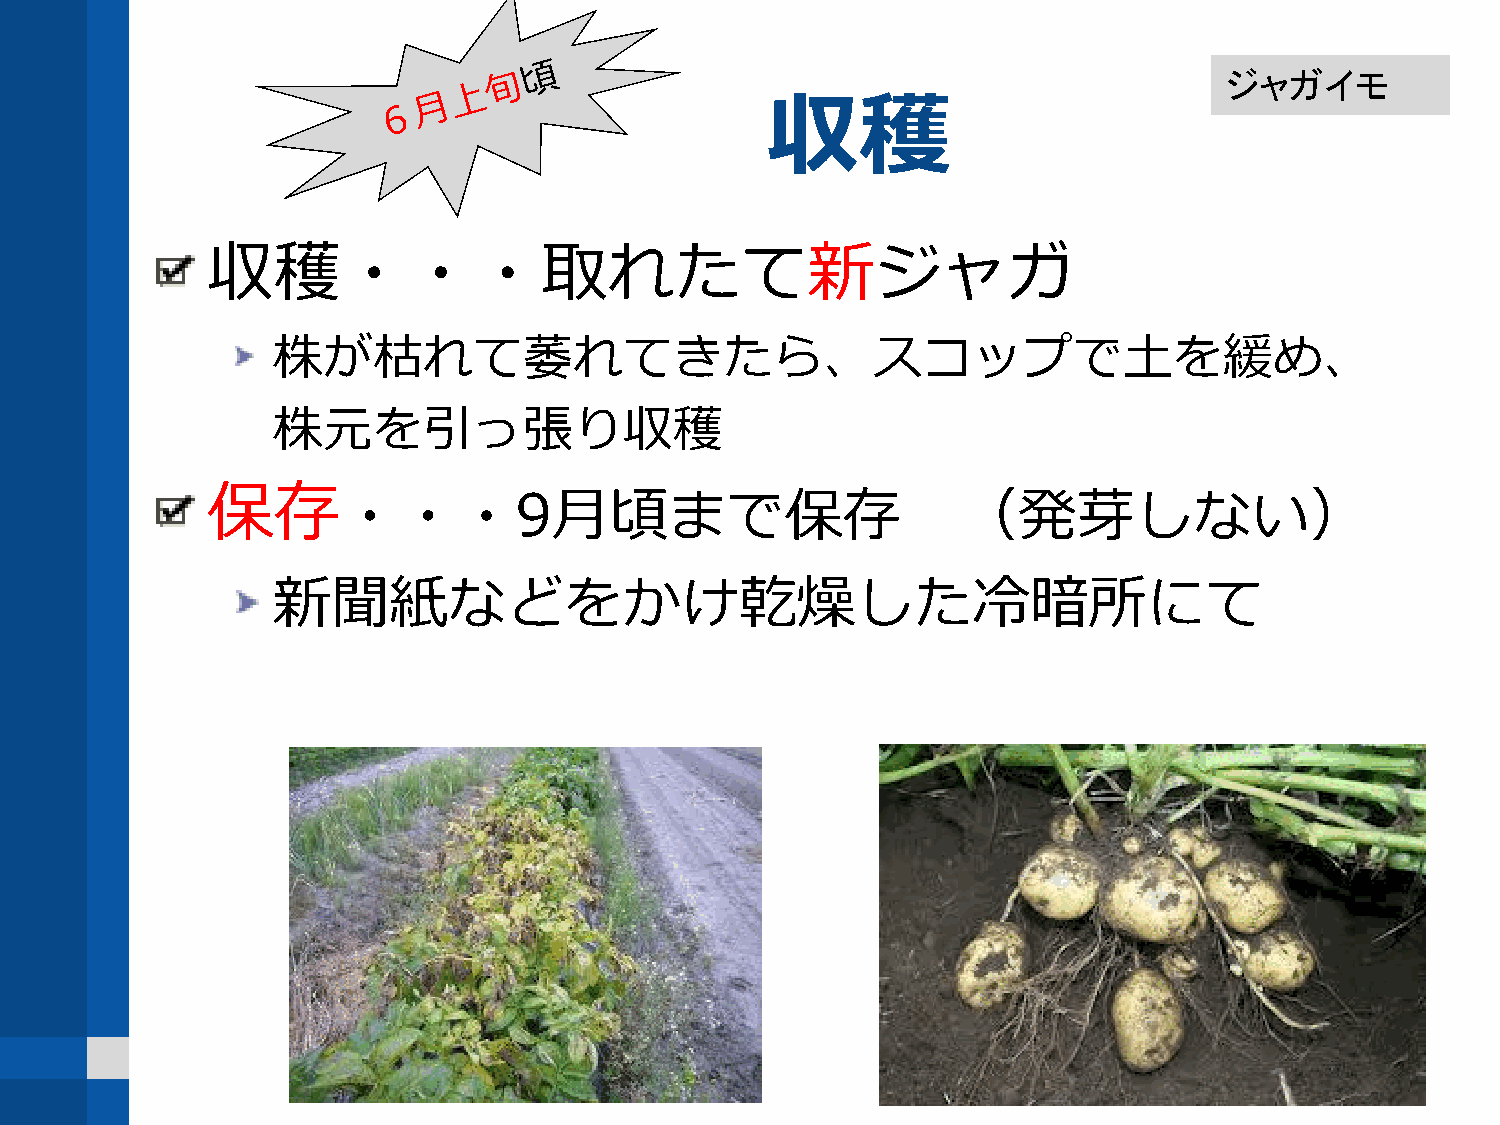
ジャガイモ
 収穫
 収穫・・・取れたて新ジャガ
 株が枯れて萎れてきたら、スコップで土を緩め、
 株元を引っ張り収穫
 保存
 ・・・9月頃まで保存                               （発芽しない）
 新聞紙などをかけ乾燥した冷暗所にて